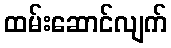
ထမ်းဆောင်လျက်